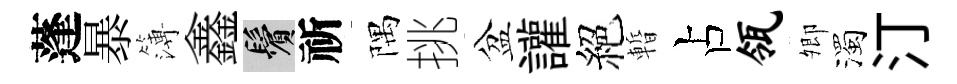
蓬暴簿鑫鬢祈隅挑盆讙絕暫占瓴𡖖濁汀